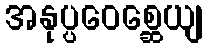
အနုပ္ပဝေစ္ဆေယျ